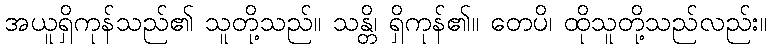
အယူရှိကုန်သည်၏ သူတို့သည်။ သန္တိ၊ ရှိကုန်၏။ တေပိ၊ ထိုသူတို့သည်လည်း။